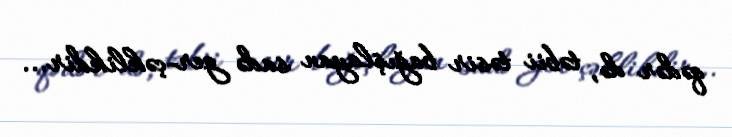
qədər də, təbii təsir bağışlayan sadə ger­çəklikdir...